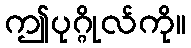
ဤပုဂ္ဂိုလ်ကို။